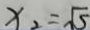
x _ { 2 } = \sqrt { 5 }